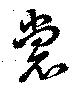
裳